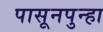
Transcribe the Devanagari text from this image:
पासूनपुन्हा